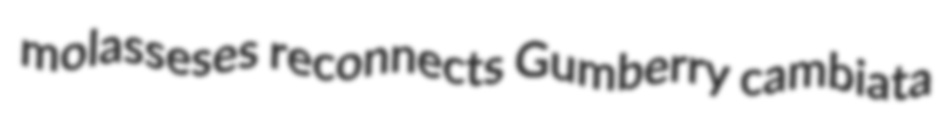
molasseses reconnects Gumberry cambiata